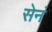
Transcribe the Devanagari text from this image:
सेनं